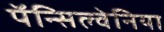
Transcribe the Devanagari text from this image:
पॅन्सिल्वेनिया